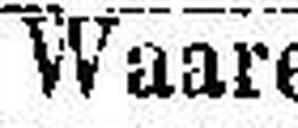
Waare